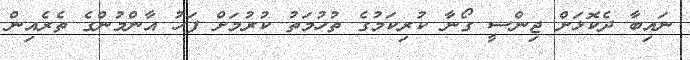
ނައިބާ ދެކޮޅަށް ޖިންސީ ގޯނާ ކުރިކަމުގެ ތުހުމަތު ކުރުމަށް ފަހު އާންމުންގެ ތެރެއިން